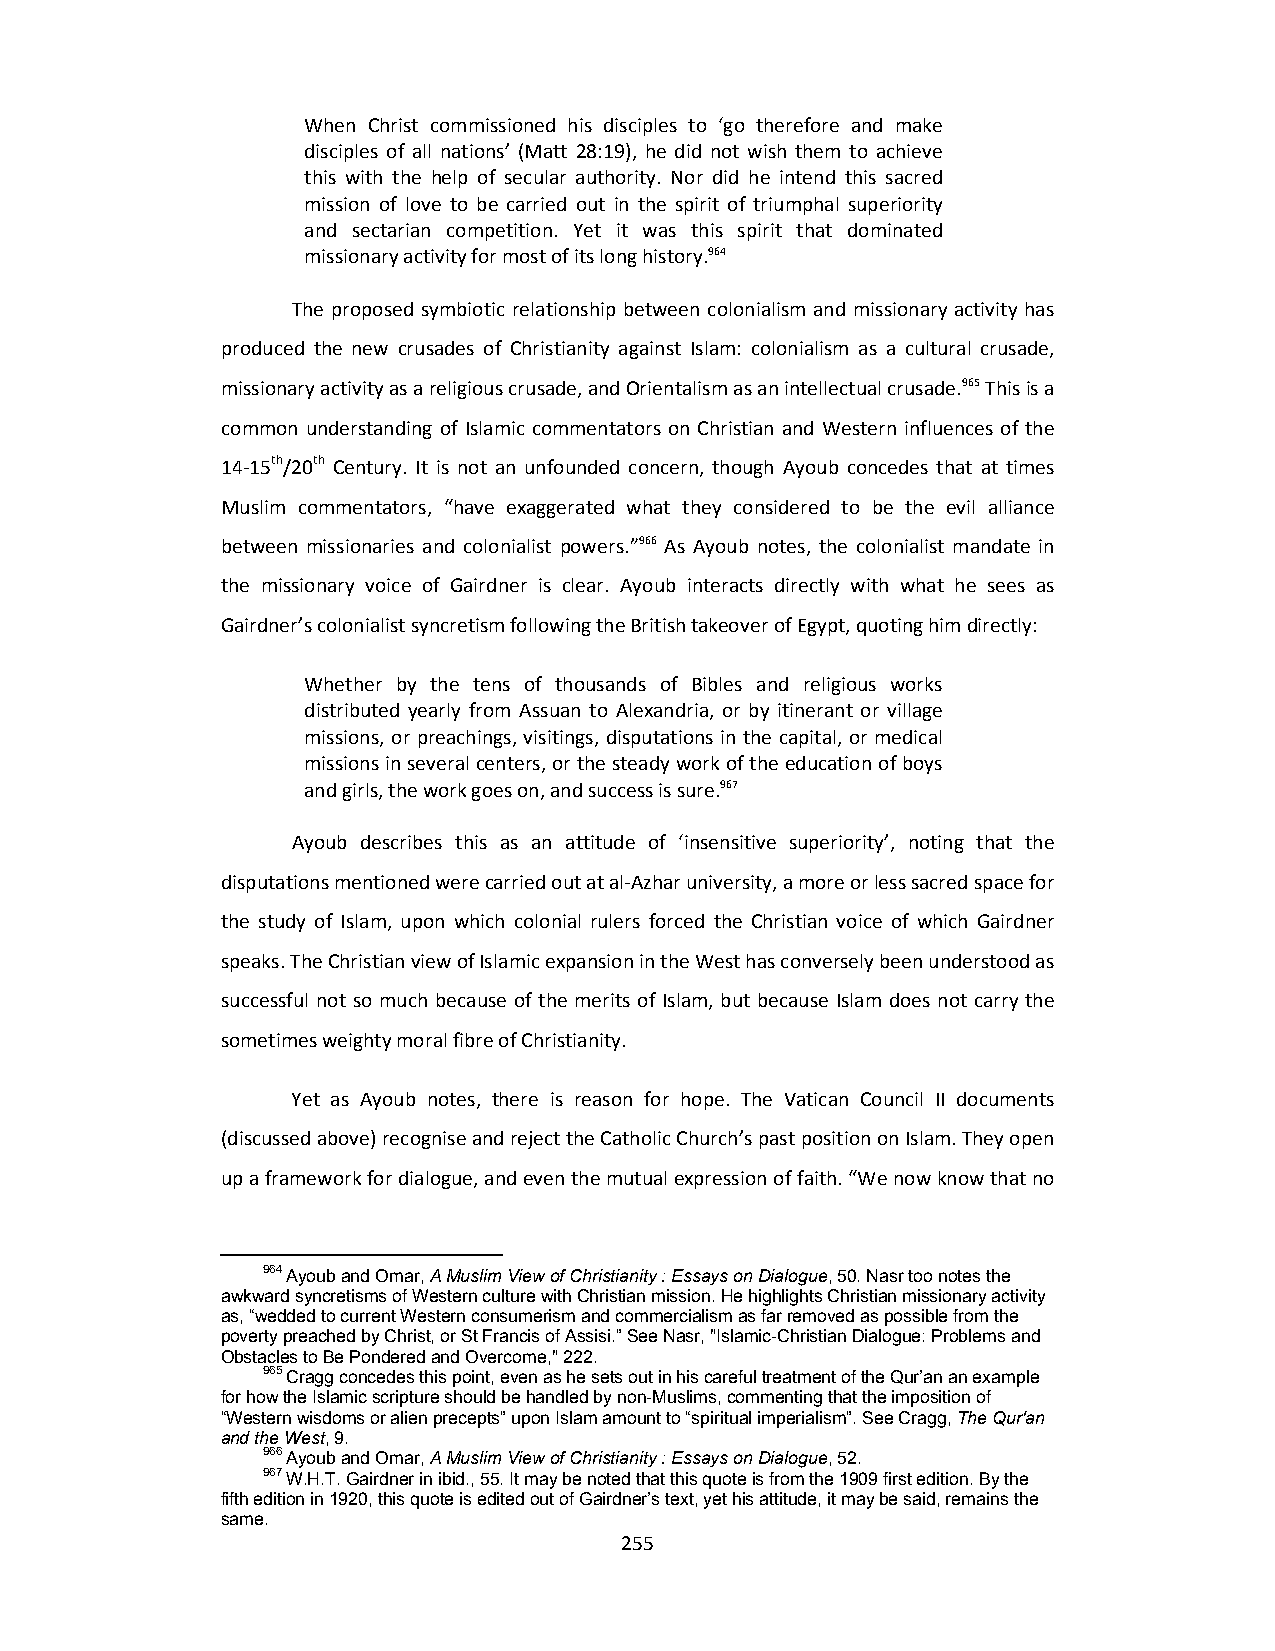
When Christ commissioned his disciples to ‘go therefore and make
 disciples of all nations’ (Matt 28:19), he did not wish them to achieve
 this with the help of secular authority. Nor did he intend this sacred
 mission of love to be carried out in the spirit of triumphal superiority
 and sectarian competition. Yet it was this spirit that dominated
 missionary activity for most of its long history.964
 The proposed symbiotic relationship between colonialism and missionary activity has
 produced the new crusades of Christianity against Islam: colonialism as a cultural crusade,
 missionary activity as a religious crusade, and Orientalism as an intellectual crusade.965 This is a
 common understanding of Islamic commentators on Christian and Western influences of the
 14‐15th/20th Century. It is not an unfounded concern, though Ayoub concedes that at times
 Muslim commentators, “have exaggerated what they considered to be the evil alliance
 between missionaries and colonialist powers.”966 As Ayoub notes, the colonialist mandate in
 the missionary voice of Gairdner is clear. Ayoub interacts directly with what he sees as
 Gairdner’s colonialist syncretism following the British takeover of Egypt, quoting him directly:
 Whether by the tens of thousands of Bibles and religious works
 distributed yearly from Assuan to Alexandria, or by itinerant or village
 missions, or preachings, visitings, disputations in the capital, or medical
 missions in several centers, or the steady work of the education of boys
 and girls, the work goes on, and success is sure.967
 Ayoub describes this as an attitude of ‘insensitive superiority’, noting that the
 disputations mentioned were carried out at al‐Azhar university, a more or less sacred space for
 the study of Islam, upon which colonial rulers forced the Christian voice of which Gairdner
 speaks. The Christian view of Islamic expansion in the West has conversely been understood as
 successful not so much because of the merits of Islam, but because Islam does not carry the
 sometimes weighty moral fibre of Christianity.
 Yet as Ayoub notes, there is reason for hope. The Vatican Council II documents
 (discussed above) recognise and reject the Catholic Church’s past position on Islam. They open
 up a framework for dialogue, and even the mutual expression of faith. “We now know that no
 964 Ayoub and Omar, A Muslim View of Christianity : Essays on Dialogue, 50. Nasr too notes the
 awkward syncretisms of Western culture with Christian mission. He highlights Christian missionary activity
 as, “wedded to current Western consumerism and commercialism as far removed as possible from the
 poverty preached by Christ, or St Francis of Assisi.” See Nasr, "Islamic-Christian Dialogue: Problems and
 Obstacles to Be Pondered and Overcome," 222.
 965 Cragg concedes this point, even as he sets out in his careful treatment of the Qur’an an example
 for how the Islamic scripture should be handled by non-Muslims, commenting that the imposition of
 “Western wisdoms or alien precepts” upon Islam amount to “spiritual imperialism”. See Cragg, The Qur'an
 and the West, 9.
 966 Ayoub and Omar, A Muslim View of Christianity : Essays on Dialogue, 52.
 967 W.H.T. Gairdner in ibid., 55. It may be noted that this quote is from the 1909 first edition. By the
 fifth edition in 1920, this quote is edited out of Gairdner’s text, yet his attitude, it may be said, remains the
 same.
 255